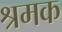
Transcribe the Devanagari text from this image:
श्रमक